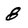
Character: 8